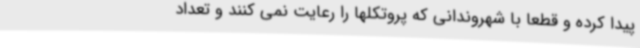
پیدا کرده و قطعا با شهروندانی که پروتکلها را رعایت نمی کنند و تعداد